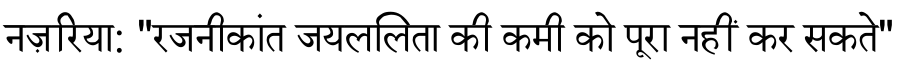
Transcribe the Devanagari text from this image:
नज़रिया: "रजनीकांत जयललिता की कमी को पूरा नहीं कर सकते"